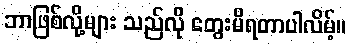
ဘာဖြစ်လို့များ သည်လို တွေးမိရတာပါလိမ့်။